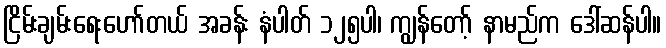
ငြိမ်းချမ်းရေးဟော်တယ် အခန်း နံပါတ် ၁၂၅ပါ၊ ကျွန်တော့် နာမည်က ဒေါ်ဆန်ပါ။